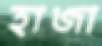
হাজা